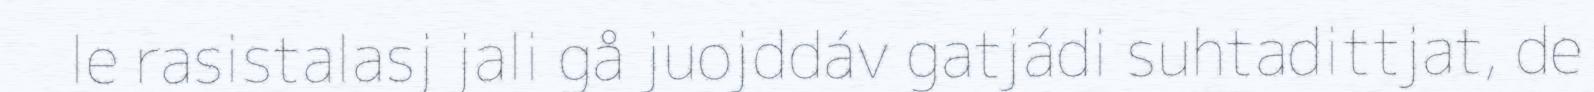
le rasistalasj jali gå juojddáv gatjádi suhtadittjat, de